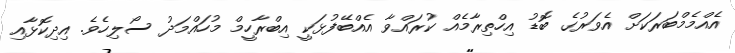
އެއްމެމްބަރަކަށް އެވަރުގެ ބޮޑު އިހްތިރާމެއް ކުރައްވާ އެއްބޭފުޅަކީ އިބްރާހީމް މުހައްމަދު ސޯލިހެވެ. އިދިކޮޅާއި